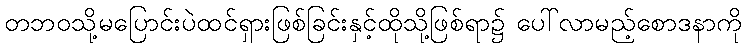
တဘဝသို့မပြောင်းပဲထင်ရှားဖြစ်ခြင်းနှင့်ထိုသို့ဖြစ်ရာ၌ ပေါ်လာမည့်စောဒနာကို